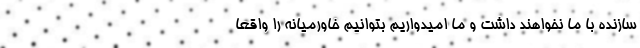
سازنده با ما نخواهند داشت و ما امیدواریم بتوانیم خاورمیانه را واقعاً